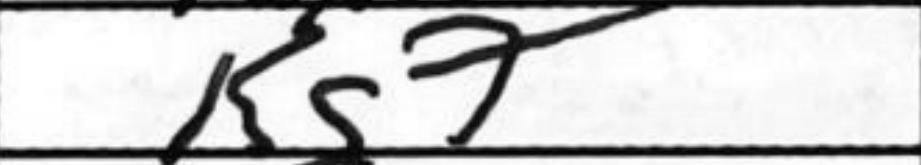
Transcription: Kg7